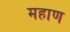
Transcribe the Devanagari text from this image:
महाण